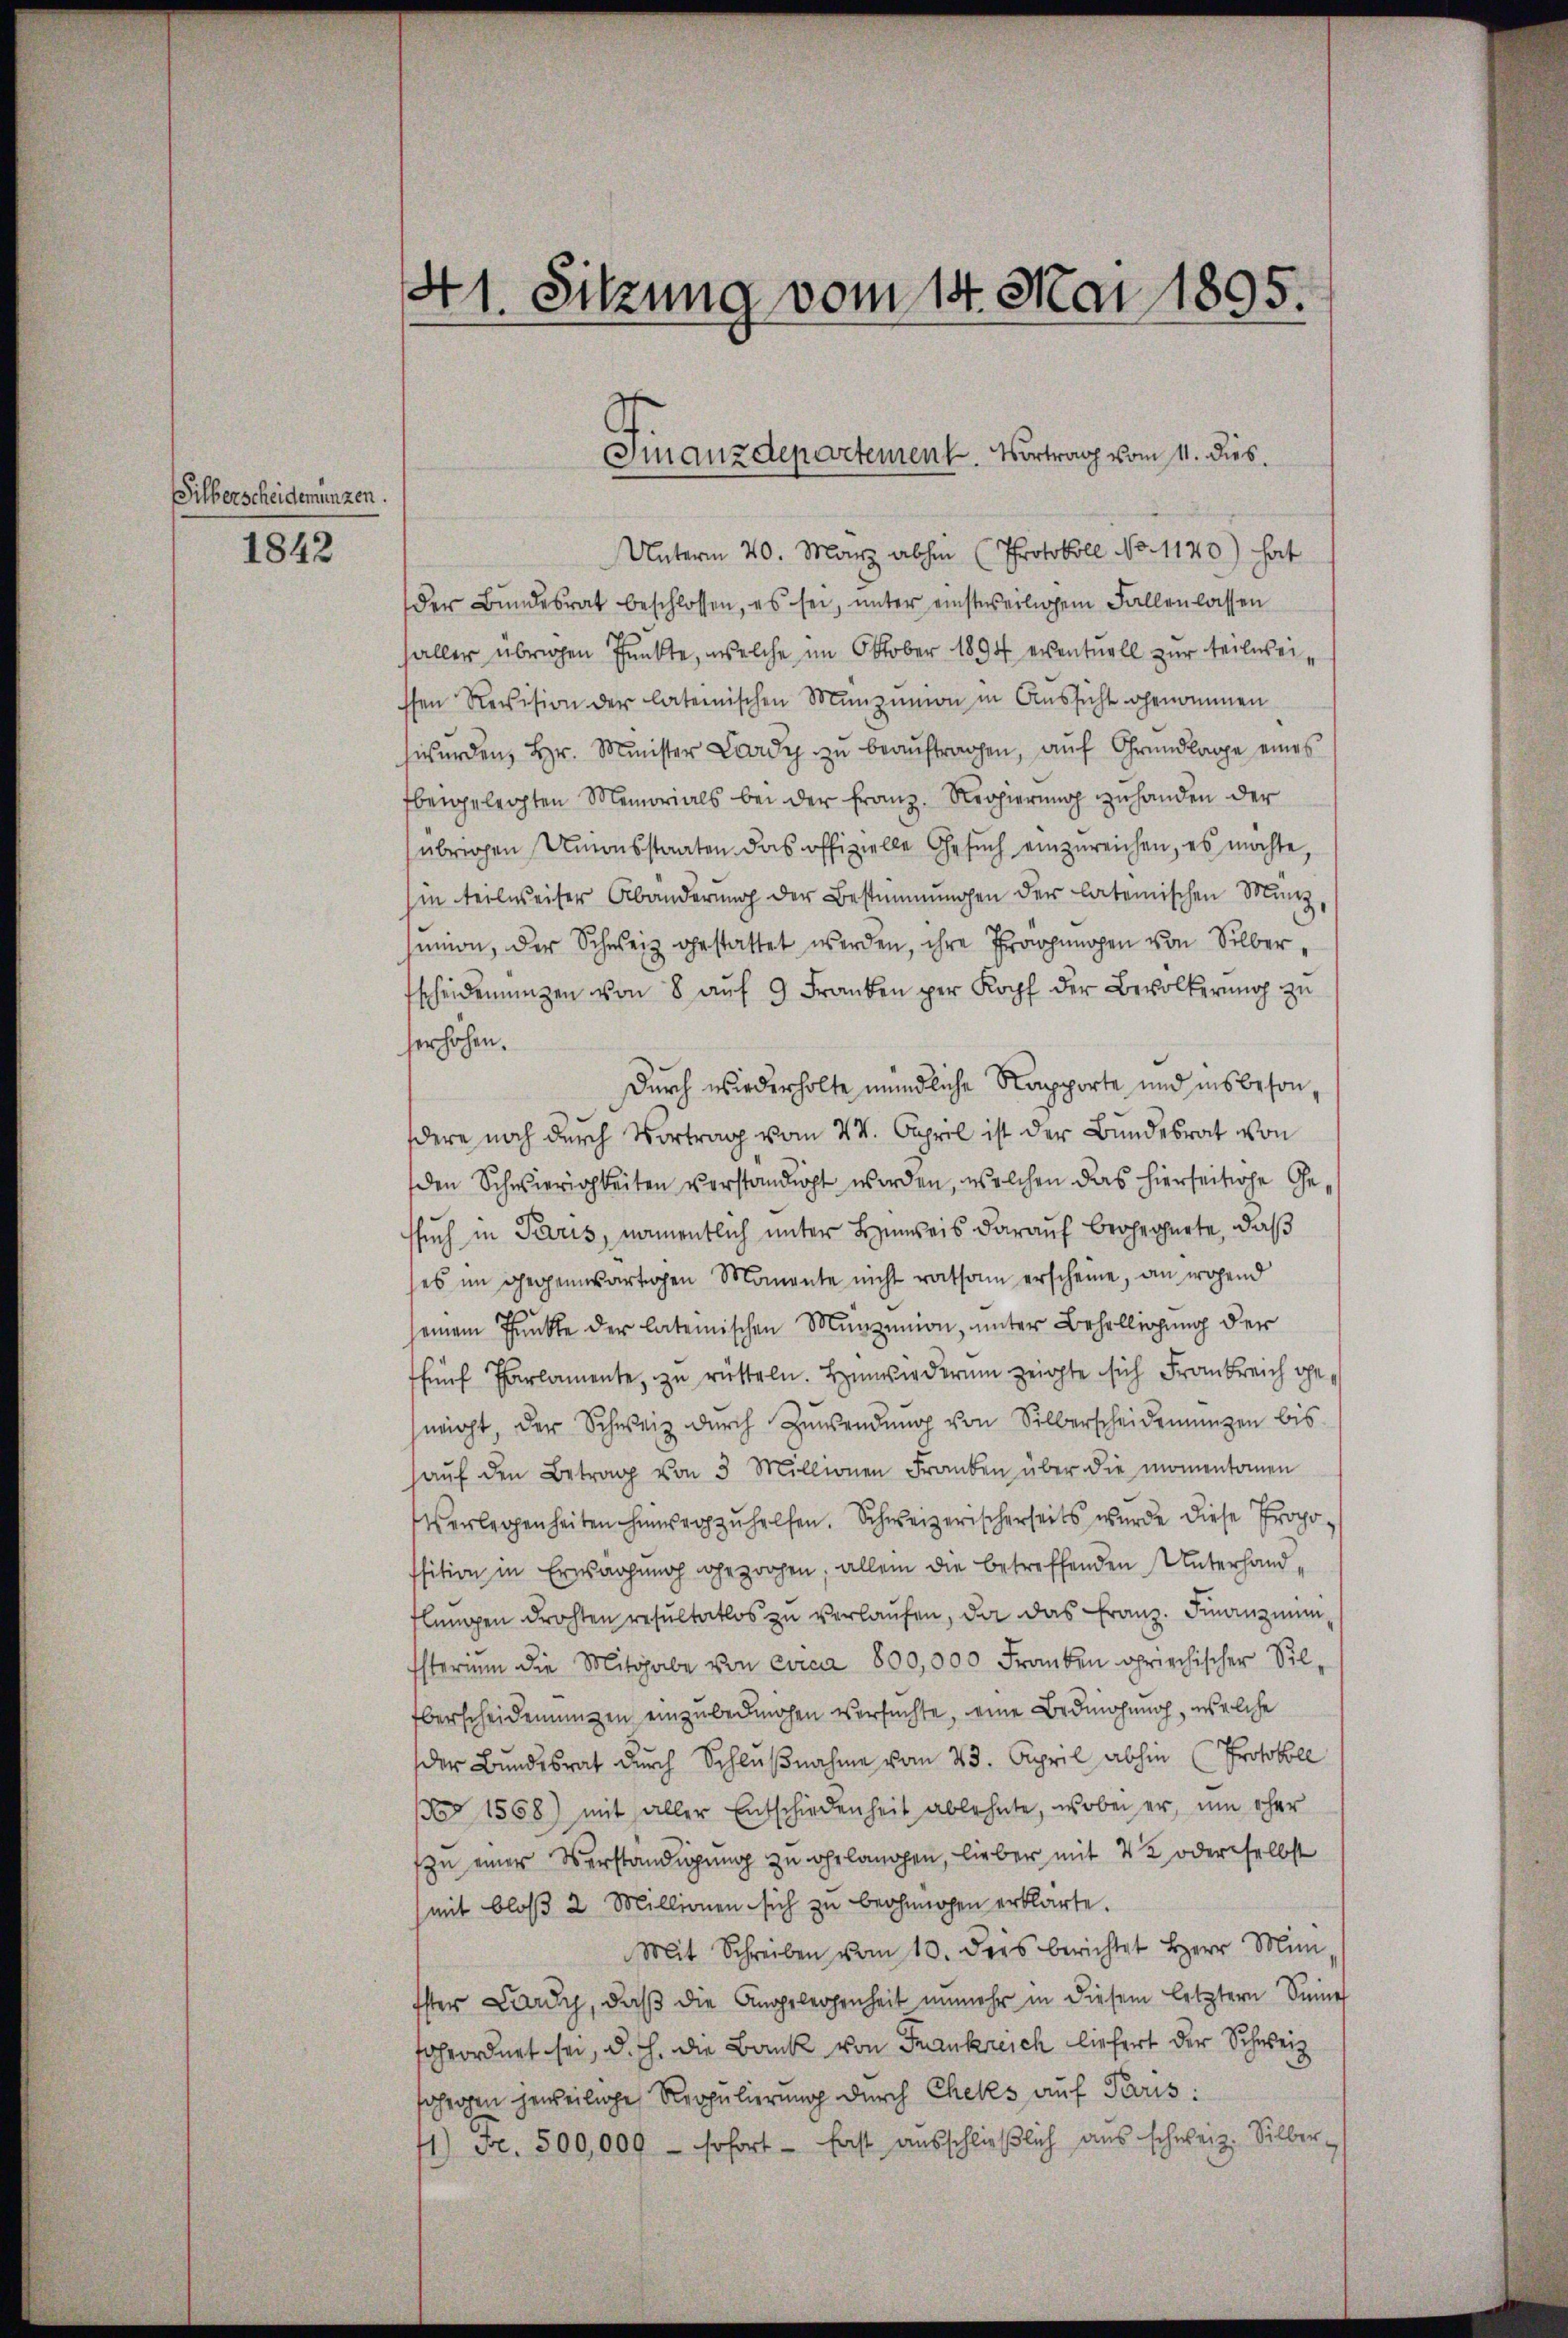
Silberscheidemünzen.

1842

41. Sitzung vom 14. Mai 1895.

Unterm 20. März abhin (Protokoll No 1120) hat
der Bundesrat beschlossen, es sei, unter einstweiligem Fallenlassen
haller übrigen Punkte, welche im Oktober 1894 eventuell zur teilweisen Revision der laterischen Munzinon in Aussicht genommen
wŭrden, Hr. Minister Lardy zu beaŭftragen, auf Grundlage eines
bergelegten Memorials bei der Franz. Regierung zuhanden der
übrigen Unionsstaaten das offizielle Gesŭch einzŭreichen, es möchte,
in teilweiser Abänderung der Bestimmungen der lateinischen Münz
non, der Schweiz gestattet werden, ihre Tragungen von Silberscheidenŭngen von 8 aŭf 9 Franken per Kopf der Bevölkerung zu
her hohen.
Durch wiederholte mündliche Rapporte und insbesondere noch durch Vortrag vom 24. April ist der Bundesrat von
den Schwierigkeiten verständigt worden, welchen das hierseitige Gessuch in Paris, namentlich unter Hinweis darauf berechnete, daß
es im gegenwärtigen Momente nicht ratsam erscheine, an irgend
seinem Punkte der lateinischen Munzinion, unter Behelligung der
fünf Parlamente, zu rütteln. Hinwiederum zeigte sich Frankreich geneicht, der Schweiz durch Zuwendung von Silberscheidenungen bis
haŭf den Betrag von 3 Millionen Franken über die momentonen
Verlegenheiten hinwegzuhelfen. Schweizerischerseits wurde diese Propofsition in Erwägung gezochen; allein die betreffenden Unterhand,
lŭngen drohten resultatlos zu verlaŭfen, da das Franz. Finanzmin
Esterium die Mitgabe von circa 800,000 Franken griechischer Silberscheidenungen einzubedingen versuchte, eine Bedingung, welche
der Bundesrat durch Schlußnahme vom 23. April abhin (Protokoll
No 1558) mit aller Entschiedenheit ablehnte, wobei er, um ohne
zu einer Verständigung zu gelangen, lieber mit 4 2 oder selbst
mit bloß 2 Millionen sich zu begnügen erklärte.
Mit Schreiben vom 10. ders berichtet Herr Mini
Ister Lardy, daβ die Angelegenheit unmehr in diesem letztern Seme
fohrordnet sei, d. h. die Bank von Frankreich liefert der Schweiz
jährigen jeweilige Reppulierung durch Cheks auf Paris:
1) Fr. 500,000 - sofort - fast ausschlieβlich aus schweiz. Silber-

Finanzdepartement. Vortrag vom 11. dies